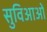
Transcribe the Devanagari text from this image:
सुविआओं